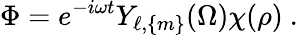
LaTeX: \Phi=e^{-i\omega t}Y_{\ell,\{ m\} }(\Omega)\chi(\rho)\ .